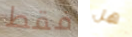
فقط هل